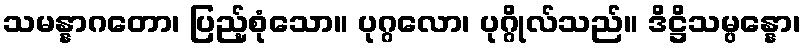
သမန္နာဂတော၊ ပြည့်စုံသော။ ပုဂ္ဂလော၊ ပုဂ္ဂိုလ်သည်။ ဒိဋ္ဌိသမ္ပန္နော၊